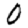
Digit: 0